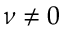
\nu \neq 0